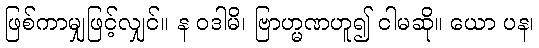
ဖြစ်ကာမျှဖြင့်လျှင်။ န ဝဒါမိ၊ ဗြာဟ္မဏဟူ၍ ငါမဆို။ ယော ပန၊